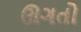
ઊગતો